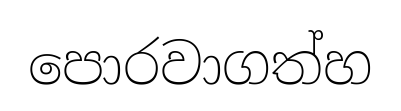
පොරවාගත්හ